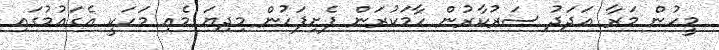
މީހުން މަރާ އަދަދު ސަރުކާރުން ހާމަކުރަން ފެށިފަހުން މިދިޔަ މެއި މަހަކީ އެގައުމުގައި